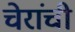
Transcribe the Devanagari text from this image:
चेरांची